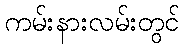
ကမ်းနားလမ်းတွင်